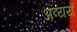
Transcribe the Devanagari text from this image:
अव्ययें